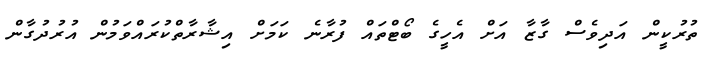
ތުރުކީން އަދިވެސް ގާޒާ އަށް އެހީގެ ބޯޓްތައް ފުރާނެ ކަމަށް އިޝާރާތްކުރައްވަމުން އުރުދުގާން